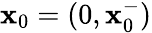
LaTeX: \mathbf{x}_{0}=(0,\mathbf{x}_{0}^{-})